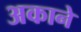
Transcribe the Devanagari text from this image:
अकाने